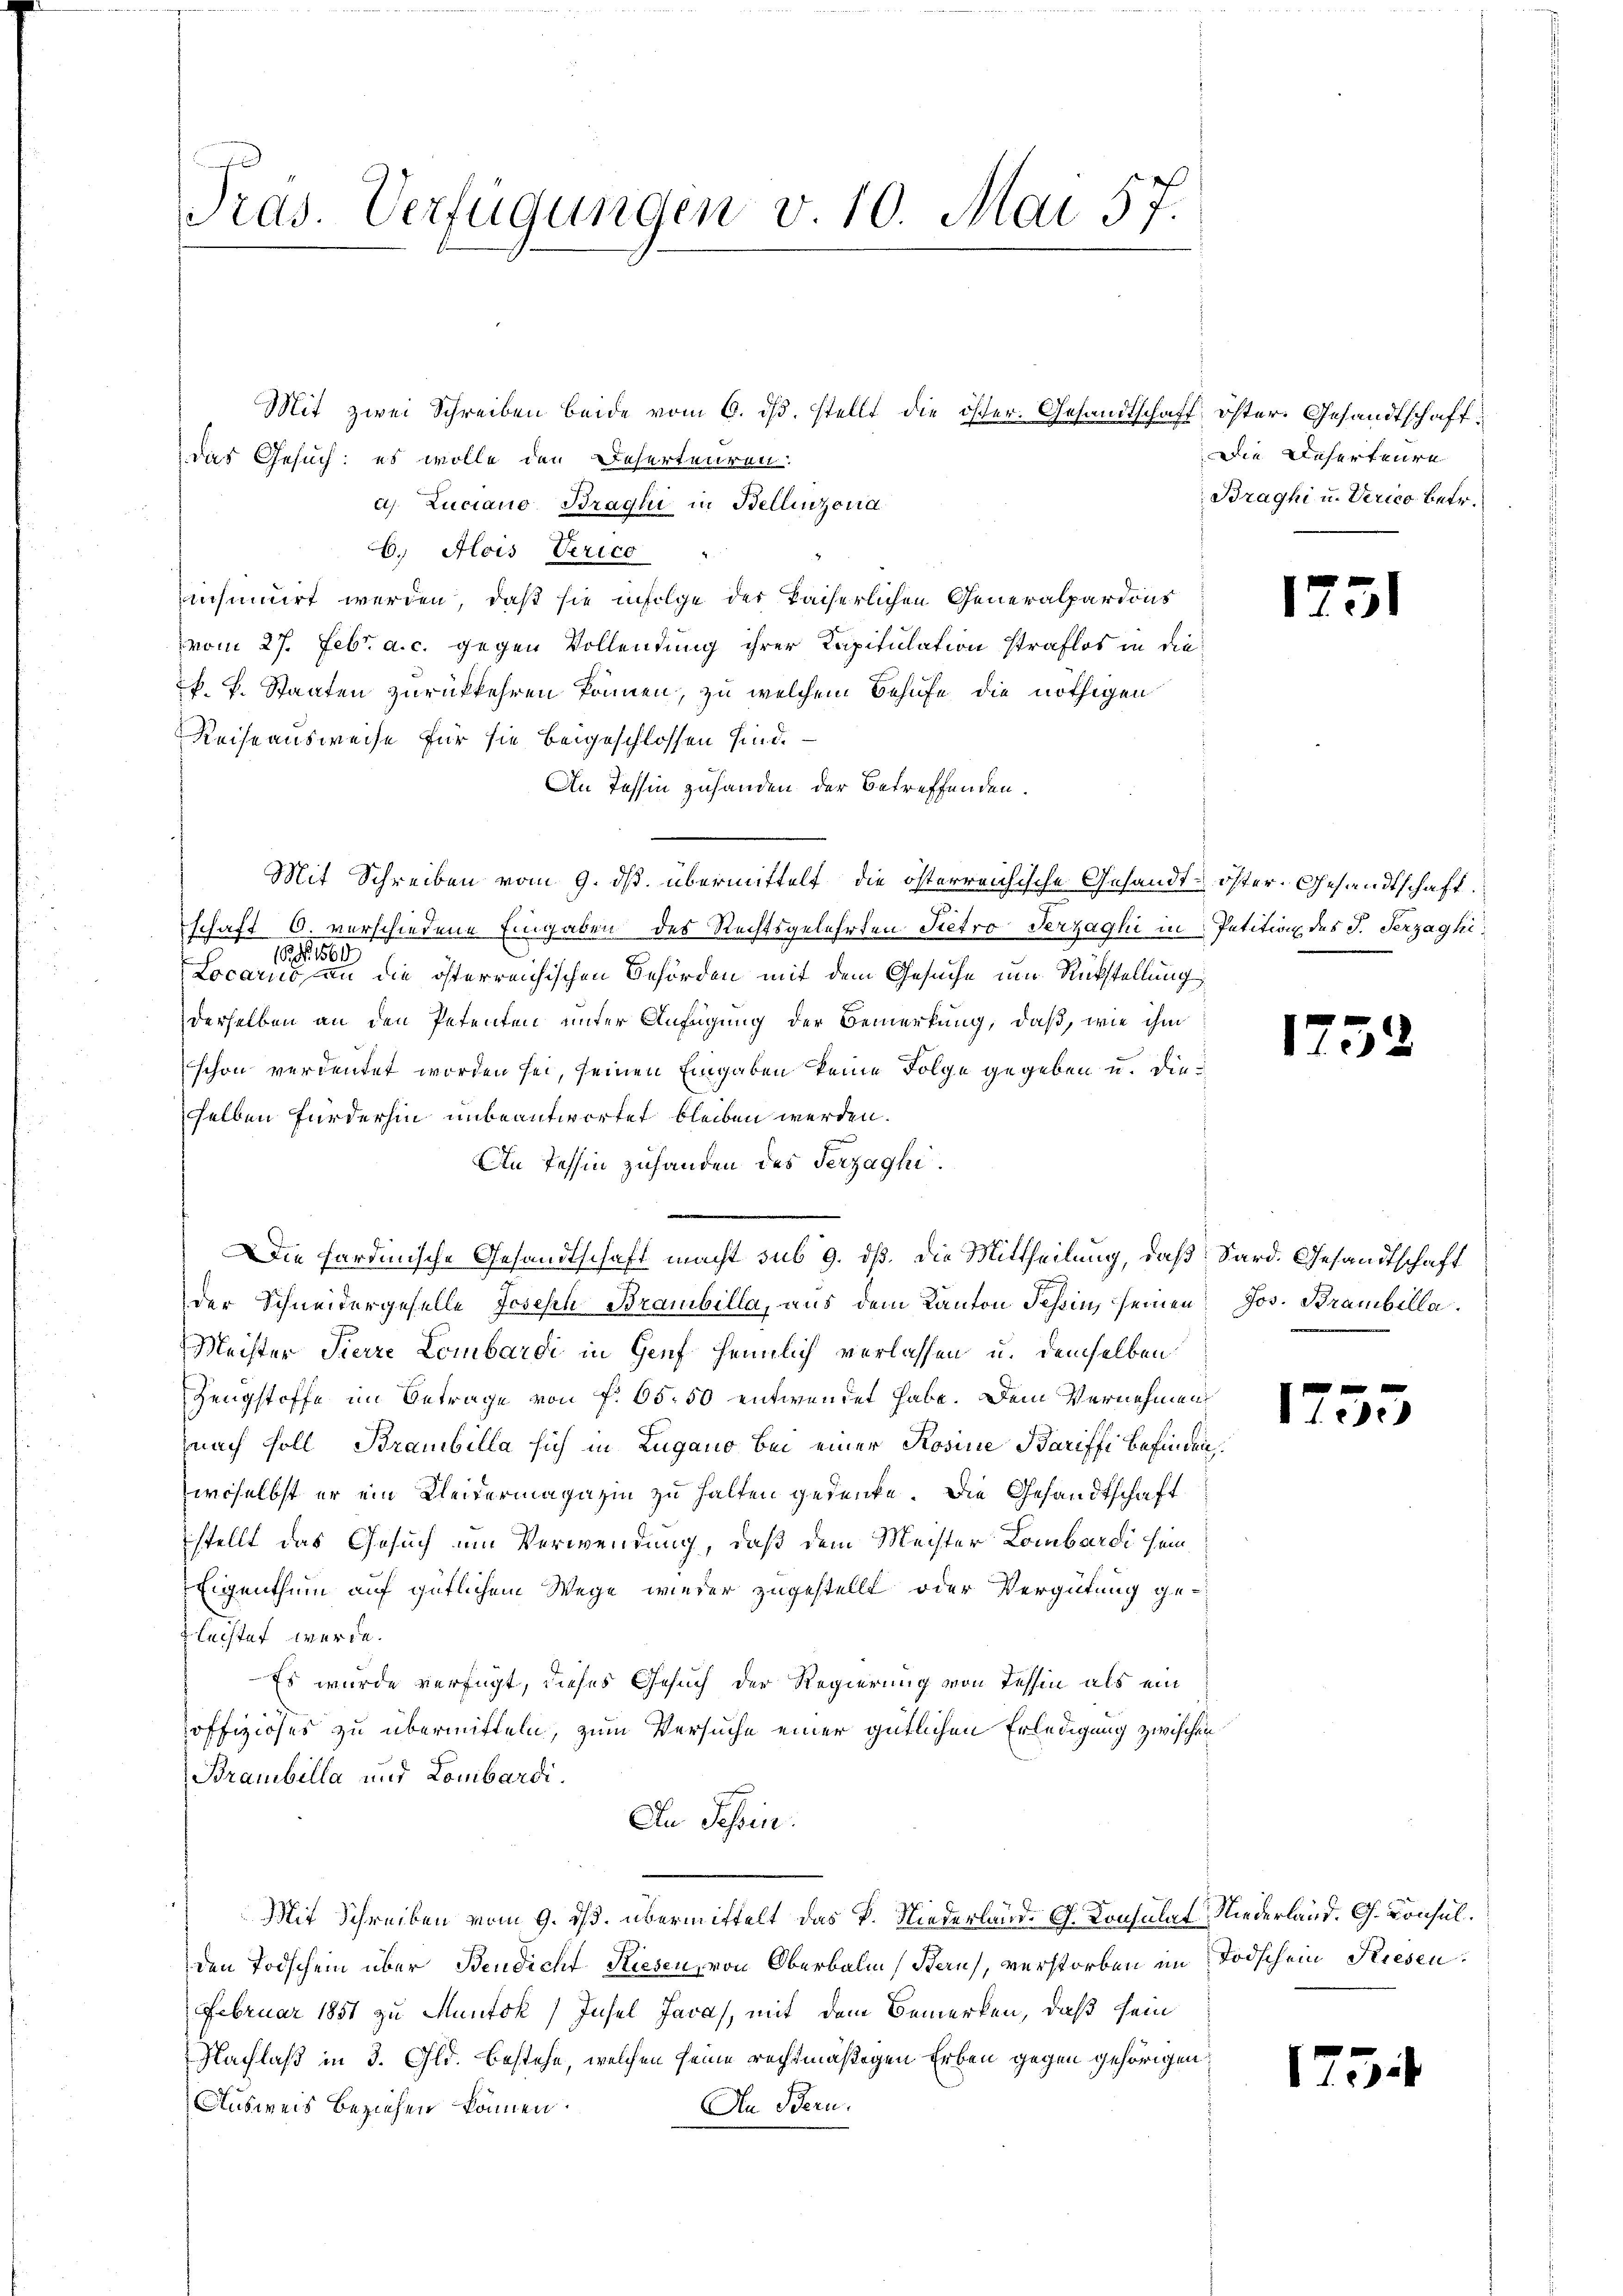
Pras. Verfügungen v. 10. Mai 57.

Mit zwei Schreiben beide vom 6. ds. stellt die öster. Gesandtschaft öster. Gesandtschaftdas Gesuch: es wolle den Deserteuren.
a Luciano Braghi in Bellinzona
E. Alois Verico
icsmirt werden, daß sie infolge der kaiserlichen Generalpardons
vom 27. Febr. a. c. gegen Vollendung ihrer Kapitulation straflos in diek. k. Staaten zurückkehren können, zu welchem Behufe die nöthigen
Reiseausweise für sie beigeschlossen sind.
An Tessin zuhanden der betreffenden.
Mit Schreiben vom 9. ds. übermittelt, die österreichische Gesandt-öster Gesandtschaft.
schaft 6. verschiedene Eingaben des Rechtsgelehrten Pietro Terzaghi in Petition des J. Herzaghi¬
1 1569
Locarus an die österreichischen Behörden mit dem Gesuche um Rückstellung
derselben an den Petenten unter Anfügung der Bemerkung, daß, wie ihm
schon verdeutet worden sei, seinen Eingaben keine Folge gegeben u. die
selben fürderhin unbeantwortet bleiben werden.
An Tessin zuhanden des Verzaghider Schneidergeselle Joseph Branbilla, aus dem Kanton Tessin, seinen Jos. Brambella¬
Meister Pierre Lombardi in Genf heimlich verlassen u. demselben
Zeugstoffe im Betrage von f. 65. 50 entwendet habe. Dem Vernehmen
nach soll Branbilla sich in Lugano bei einer Rosine Bariffe befinden
woselbst er ein Kleidermagazin zu halten gedenke. Die Gesandtschaft
stellt das Gesuch um Verwendung, daß dem Meister Lombardi sein,
Eigenthum auf gütlichem Wege wieder zugestellt oder Vergütung gelechtet werde.
Es wurde verfügt, dieses Gesuch der Regierung von Tessin als ein
offiziöses zu übermitteln, zum Versuche einer gütlichen Erledigung zwischen
Bramibilla und Lombardi.
In Tessin.
Mit Schreiben vom 9. ds. übermittelt das P. Niederland. G. Konsulat Niederland. G. Consulden Todschein über Bendicht Riesen, von Oberbalm, Bern), verstorben im Todschein Riesen
Februar 1851 zu Muntok) Insel Java, mit dem Bemerken, daß sein
Nachlaß in 3. Gld. bestehe, welchen seine rechtmäßigen Erben gegen gehörigen
Ausweis beziehen können.
An Bern.

Die Ferdinische Gesandtschaft macht sub 9. dß. die Mittheilung, daß Sard. Gesandtschaft

Die Deserteure
Braghi u. Verico betr.

17

173.

17.

s

e

i

5